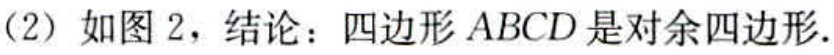
(2) 如图 2，结论：四边形 \(ABCD\) 是对余四边形.